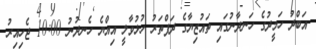
އަބްދު ހަމީދުގެ ހަނދާނުގައި ތައުޒިޔާގެ ދަފްތަރު ހުޅުވާލީ އިއްޔެ ހެނދުނު 10:00 ޖެހިއިރު